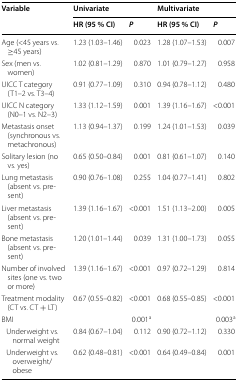
<table><thead><tr><td rowspan="2"><b>Variable</b></td><td colspan="2"><b>Univariate</b></td><td colspan="2"><b>Multivariate</b></td></tr><tr><td><b>HR (95 % CI)</b></td><td><b><i>P</i></b></td><td><b>HR (95 % CI)</b></td><td><b><i>P</i></b></td></tr></thead><tbody><tr><td>Age (&lt;45 years vs. ≥45 years)</td><td>1.23 (1.03–1.46)</td><td>0.023</td><td>1.28 (1.07–1.53)</td><td>0.007</td></tr><tr><td>Sex (men vs. women)</td><td>1.02 (0.81–1.29)</td><td>0.870</td><td>1.01 (0.79–1.27)</td><td>0.958</td></tr><tr><td>UICC T category (T1–2 vs. T3–4)</td><td>0.91 (0.77–1.09)</td><td>0.310</td><td>0.94 (0.78–1.12)</td><td>0.480</td></tr><tr><td>UICC N category (N0–1 vs. N2–3)</td><td>1.33 (1.12–1.59)</td><td>0.001</td><td>1.39 (1.16–1.67)</td><td>&lt;0.001</td></tr><tr><td>Metastasis onset (synchronous vs. metachronous)</td><td>1.13 (0.94–1.37)</td><td>0.199</td><td>1.24 (1.01–1.53)</td><td>0.039</td></tr><tr><td>Solitary lesion (no vs. yes)</td><td>0.65 (0.50–0.84)</td><td>0.001</td><td>0.81 (0.61–1.07)</td><td>0.140</td></tr><tr><td>Lung metastasis (absent vs. present)</td><td>0.90 (0.76–1.08)</td><td>0.255</td><td>1.04 (0.77–1.41)</td><td>0.802</td></tr><tr><td>Liver metastasis (absent vs. present)</td><td>1.39 (1.16–1.67)</td><td>&lt;0.001</td><td>1.51 (1.13–2.00)</td><td>0.005</td></tr><tr><td>Bone metastasis (absent vs. present)</td><td>1.20 (1.01–1.44)</td><td>0.039</td><td>1.31 (1.00–1.73)</td><td>0.055</td></tr><tr><td>Number of involved sites (one vs. two or more)</td><td>1.39 (1.16–1.67)</td><td>&lt;0.001</td><td>0.97 (0.72–1.29)</td><td>0.814</td></tr><tr><td>Treatment modality (CT vs. CT + LT)</td><td>0.67 (0.55–0.82)</td><td>&lt;0.001</td><td>0.68 (0.55–0.85)</td><td>&lt;0.001</td></tr><tr><td>BMI</td><td></td><td>0.001<sup>a</sup></td><td></td><td>0.003<sup>a</sup></td></tr><tr><td> Underweight vs. normal weight</td><td>0.84 (0.67–1.04)</td><td>0.112</td><td>0.90 (0.72–1.12)</td><td>0.330</td></tr><tr><td> Underweight vs. overweight/obese</td><td>0.62 (0.48–0.81)</td><td>&lt;0.001</td><td>0.64 (0.49–0.84)</td><td>0.001</td></tr></tbody></table>